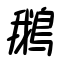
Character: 鵝